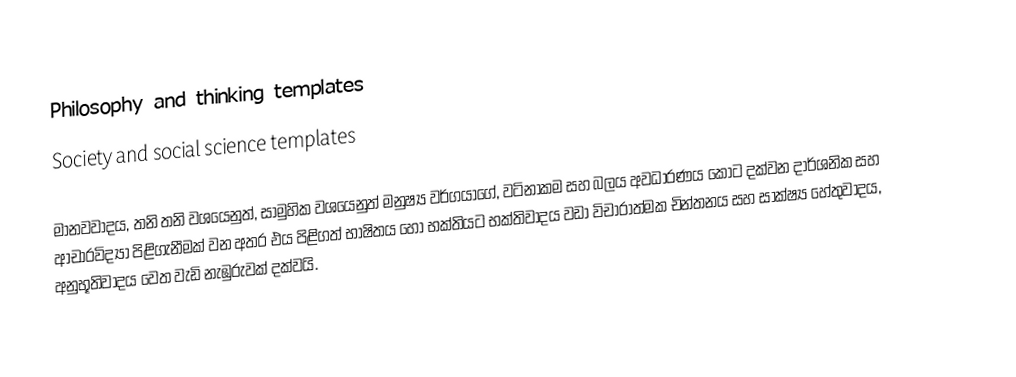
Philosophy and thinking templates
Society and social science templates

මානවවාදය, තනි තනි වශයෙනුත්, සාමුහික වශයෙනුත්  මනුෂ්‍ය වර්ගයාගේ,  වටිනාකම සහ බලය අවධාරණය කොට දක්වන දාර්ශනික සහ ආචාරවිද්‍යා පිළිගැනීමක් වන අතර එය  පිළිගත් භාෂිතය හෝ භක්තියට භක්තිවාදය වඩා විචාරාත්මක චින්තනය සහ සාක්ෂ්‍ය  හේතුවාදය, අනුභූතිවාදය වෙත වැඩි නැඹුරුවක් දක්වයි.